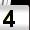
Digit: 4